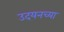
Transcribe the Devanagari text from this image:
उदयनच्या